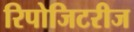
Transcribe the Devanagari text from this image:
रिपोजिटरीज